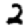
Digit: 2